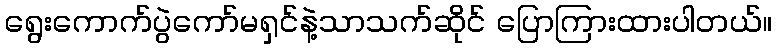
ရွေးကောက်ပွဲကော်မရှင်နဲ့သာသက်ဆိုင် ပြောကြားထားပါတယ်။